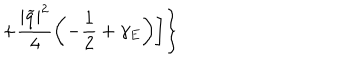
LaTeX: + \frac { | \widetilde { q } | ^ { 2 } } { 4 } \left( - \frac { 1 } { 2 } + \gamma _ { E } \right) \biggr ] \biggr \}